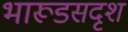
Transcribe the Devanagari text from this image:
भारूडसदृश